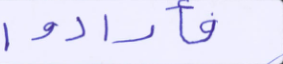
فأرادوا